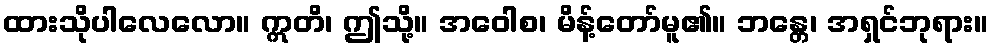
ထားသိုပါလေလော။ ဣတိ၊ ဤသို့။ အဝေါစ၊ မိန့်တော်မူ၏။ ဘန္တေ၊ အရှင်ဘုရား။